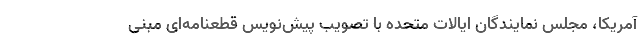
آمریکا، مجلس نمایندگان ایالات متحده با تصویب پیش‌نویس قطعنامه‌ای مبنی